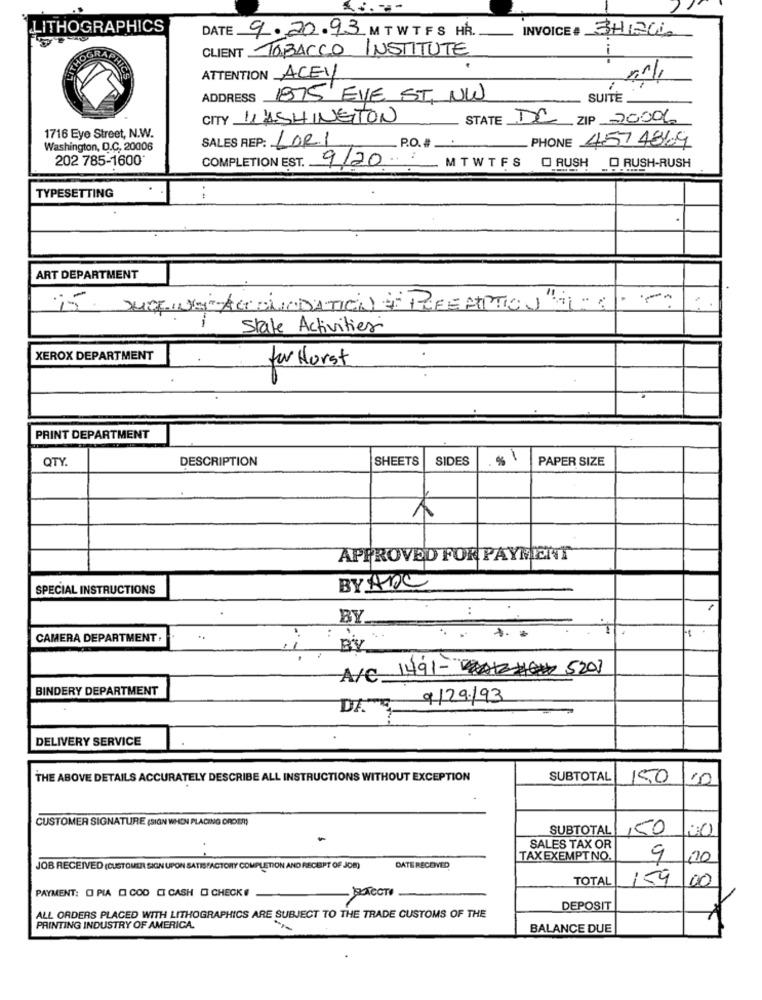
LITHOGRAPHICS
DATE 9.20.93 M TWTFS HR.
INVOICE # 3HI2C
CLIENT TOBACCO INSTITUTE
ATTENTION ACEY
ADDRESS 1875 EVE ST NW
SUITE
CITY WASHINGTON
STATE 1 ZIP 70006
1716 Eye Street, N.W.
SALES REP: LORI
PHONE 457 4869
Washington, D.C. 20006
P.O.#.
202 785-1600*
COMPLETION EST. 9/20 MTWTFS O RUSH O RUSH-RUSH
TYPESETTING
ART DEPARTMENT
SURFING AGONIODATION + PREEMPTION "11:1
State Activities
XEROX DEPARTMENT
for Horst
PRINT DEPARTMENT
QTY.
DESCRIPTION
SHEETS
SIDES
%
1
PAPER SIZE
APPROVED FOR PAYMENT
SPECIAL INSTRUCTIONS
BY Ane
BY
CAMERA DEPARTMENT,
..
BY
A/C 1491-12####520)
BINDERY DEPARTMENT
DA 9/29/93
DELIVERY SERVICE
THE ABOVE DETAILS ACCURATELY DESCRIBE ALL INSTRUCTIONS WITHOUT EXCEPTION
SUBTOTAL
150
CUSTOMER SIGNATURE (SIGN WHEN PLACING ORDER)
SUBTOTAL
150
SALES TAX OR
TAX EXEMPTNO.
9
JOB RECEIVED (CUSTOMER SIGN UPON SATISFACTORY COMPLETION AND RECEIPT OF JOB)
DATE RECEIVED
TOTAL
159
00
PAYMENT: O PIA O COD CI CASH O CHECKI
PACOTE
DEPOSIT
ALL ORDERS PLACED WITH LITHOGRAPHICS ARE SUBJECT TO THE TRADE CUSTOMS OF THE
PRINTING INDUSTRY OF AMERICA.
BALANCE DUE